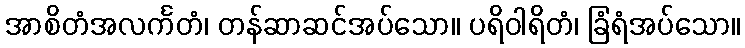
အာစိတံအလင်္ကတံ၊ တန်ဆာဆင်အပ်သော။ ပရိဝါရိတံ၊ ခြံရံအပ်သော။